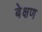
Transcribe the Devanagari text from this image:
बेक्षण